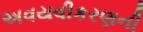
અવયવીકરણની